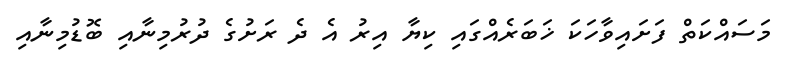
މަސައްކަތް ފަށައިވާހަކަ ޚަބަރެއްގައި ކިޔާ އިރު އެ ދެ ރަށުގެ ދުރުމިނާއި ބޮޑުމިނާއި